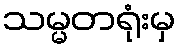
သမ္မတရုံးမှ